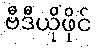
ဗီဒီယိုဖိုင်